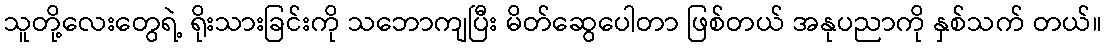
သူတို့လေးတွေရဲ့ ရိုးသားခြင်းကို သဘောကျပြီး မိတ်ဆွေပေါတာ ဖြစ်တယ် အနုပညာကို နှစ်သက် တယ်။